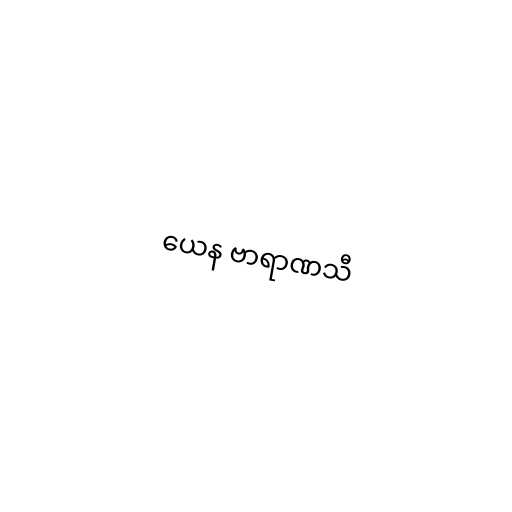
ယေန ဗာရာဏသီ